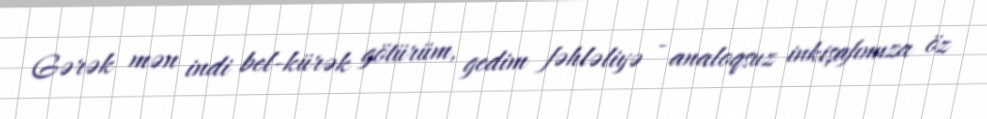
Gərək mən indi bel-kürək götürüm, gedim fəhləliyə - analoqsuz inkişafımıza öz